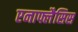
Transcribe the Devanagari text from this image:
एनाफ्लैसिस